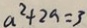
a ^ { 2 } + 2 a = 3